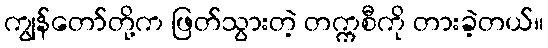
ကျွန်တော်တို့က ဖြတ်သွားတဲ့ တက္ကစီကို တားခဲ့တယ်။